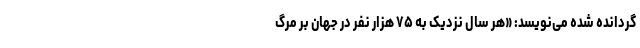
گردانده شده می‌نویسد: «‌هر سال نزدیک به ۷۵ هزار نفر در جهان بر مرگ